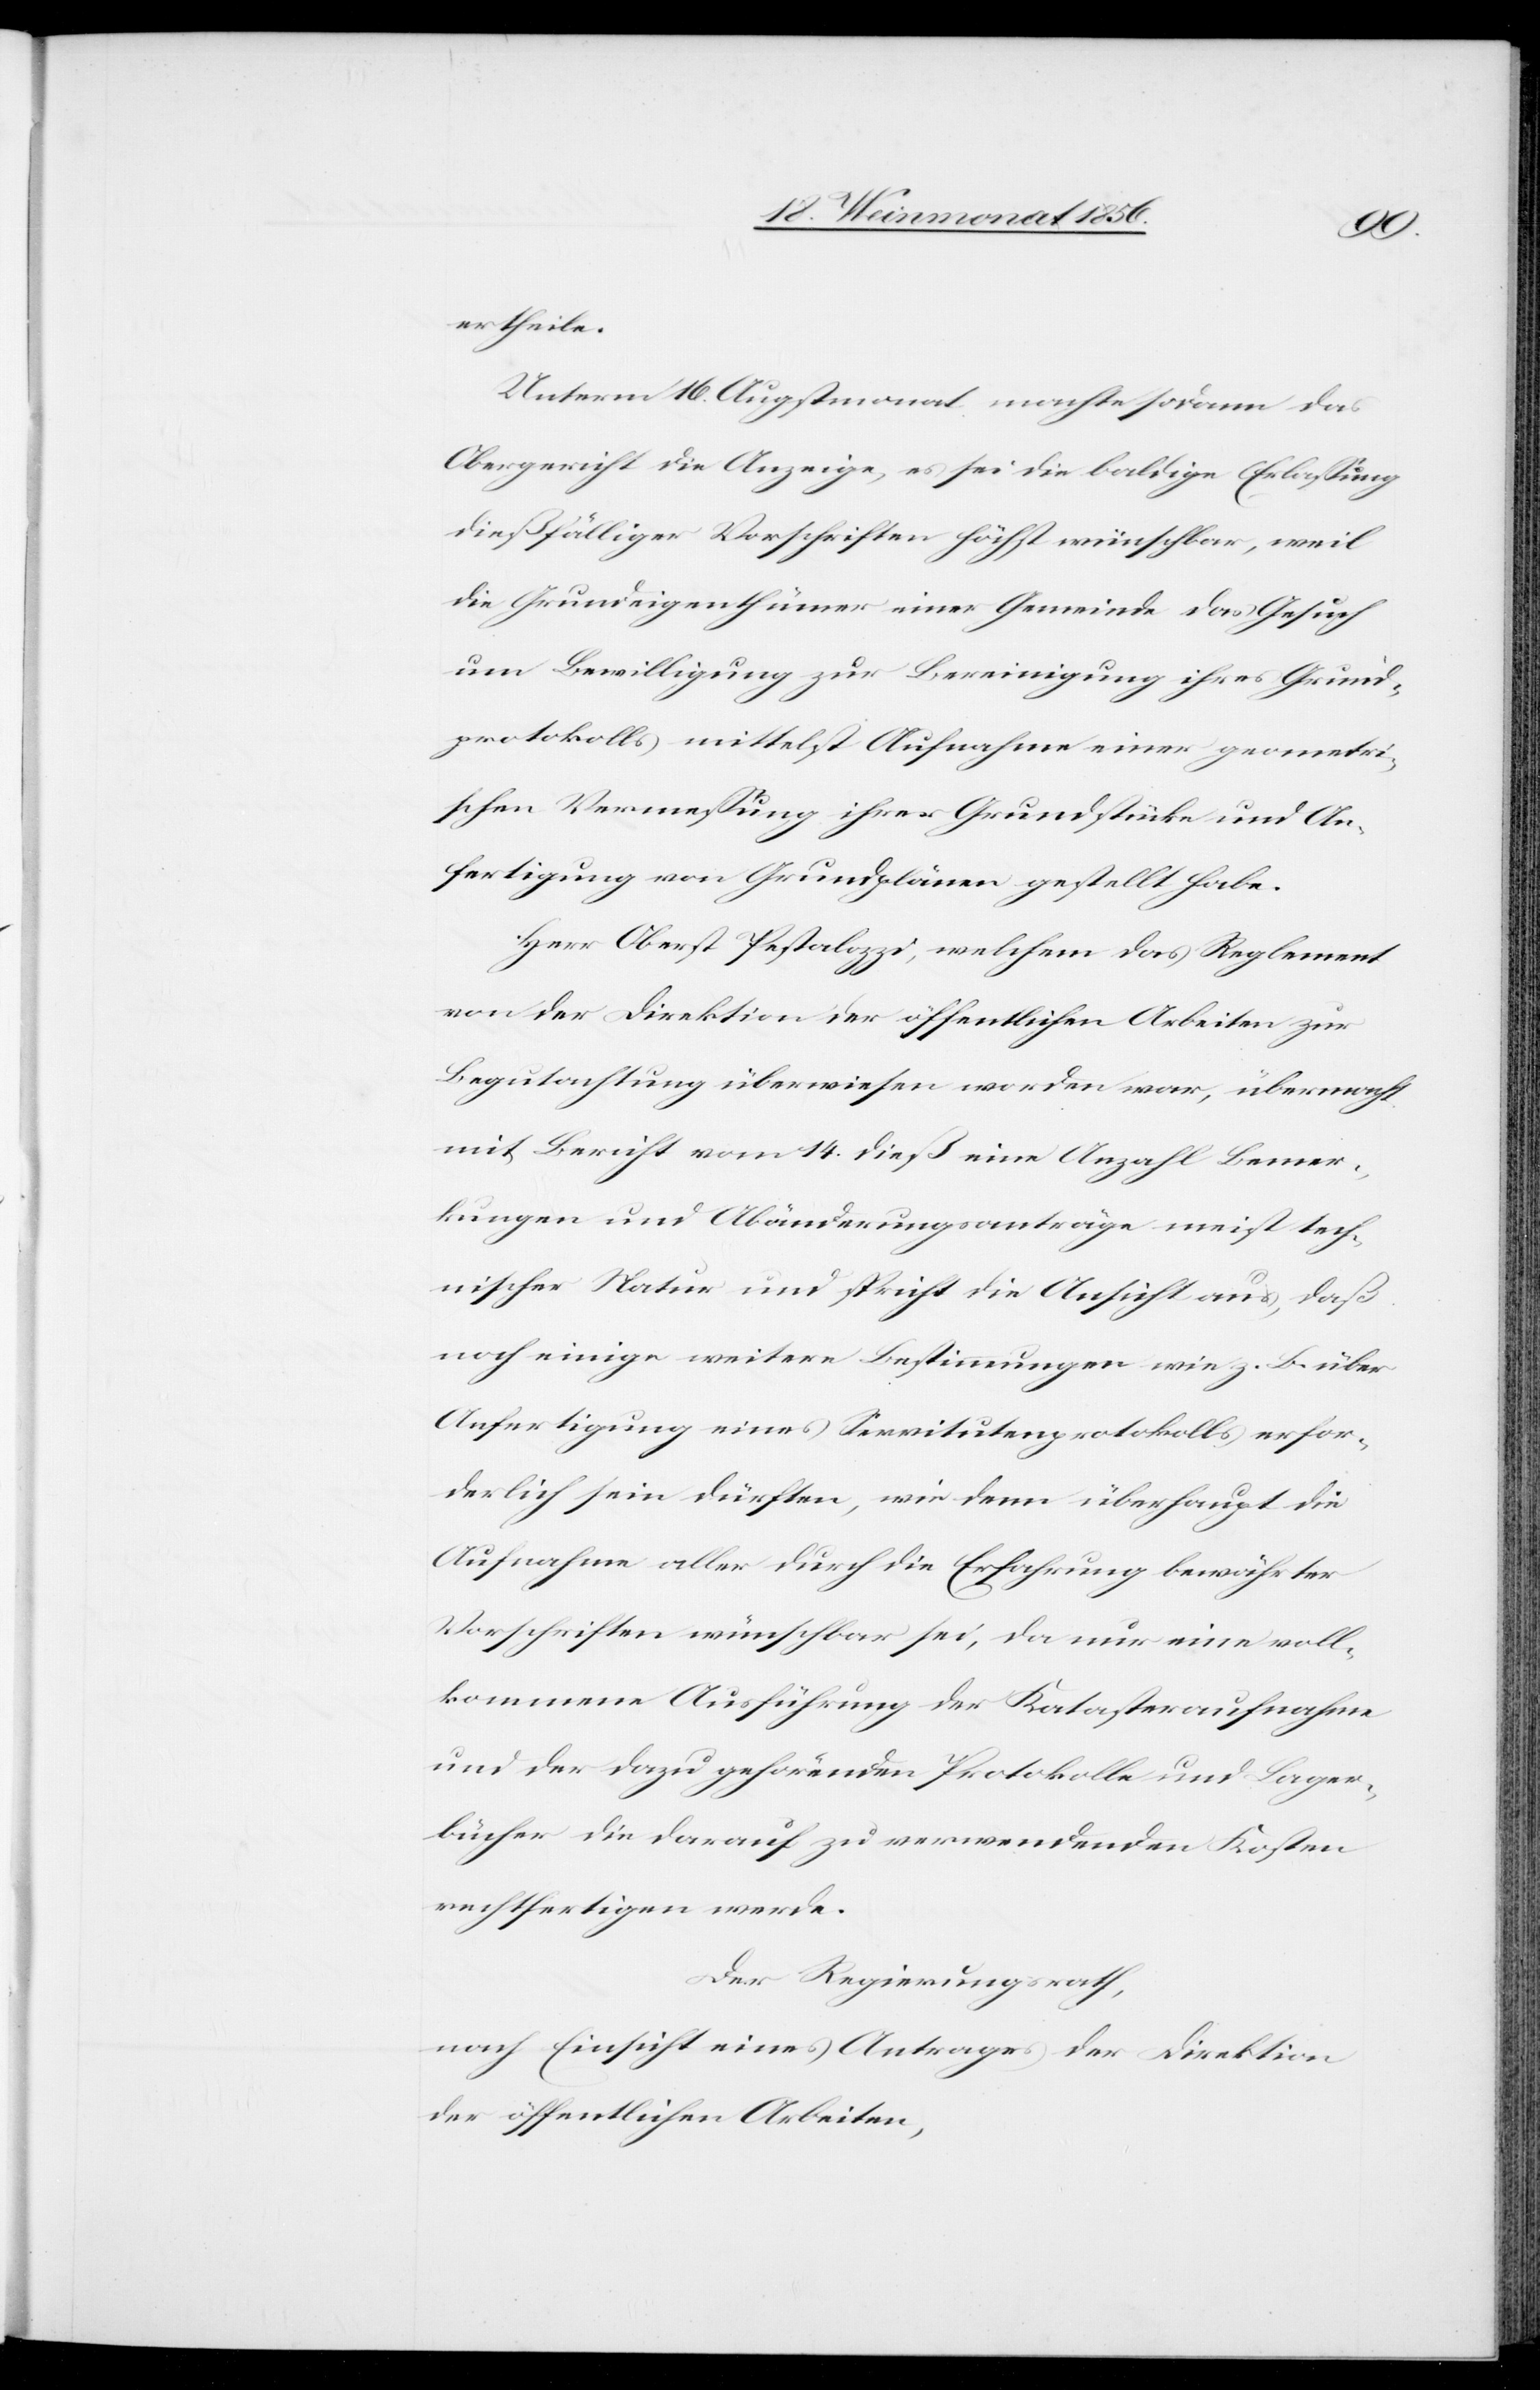
ertheile.
Unterm 16. Augstmonat machte sodann das
Obergericht die Anzeige, es sei die baldige Erlassung
dießfälliger Vorschriften höchst wünschbar, weil
die Grundeigenthümer einer Gemeinde das Gesuch
um Bewilligung zur Bereinigung ihres Grund¬
protokolls mittelst Aufnahme einer geometri¬
schen Vermessung ihrer Grundstücke und An¬
fertigung von Grundplänen gestellt habe.
Herr Oberst Pestalozzi, welchem das Reglement
von der Direktion der öffentlichen Arbeiten zur
Begutachtung überwiesen worden war, übermacht
mit Bericht vom 14. dieß eine Anzahl Bemer¬
kungen und Abänderungsanträge meist tech¬
nischer Natur und spricht die Ansicht aus, daß
noch einige weitere Bestimmungen wie z. B. über
Anfertigung eines Servitutenprotokolls erfor¬
derlich sein dürften, wie denn überhaupt die
Aufnahme aller durch die Erfahrung bewährter
Vorschriften wünschbar sei, da nur eine voll¬
kommene Ausführung der Katasteraufnahme
und der dazu gehörenden Protokolle und Lager¬
bücher die darauf zu verwendenden Kosten
rechtfertigen werde.
Der Regierungsrath,
nach Einsicht eines Antrages der Direktion
der öffentlichen Arbeiten,